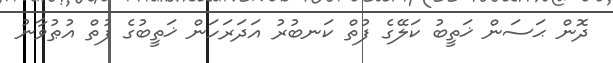
ދޮން ޙަސަން ޚަތީބު ކަލޭގެ ފުތް ކަނބުރު އަދަރަހަން ޚަތީބުގެ ފުތް އުޠުވާނު